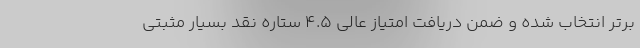
برتر انتخاب شده و ضمن دریافت امتیاز عالی 4.5 ستاره نقد بسیار مثبتی